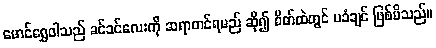
မောင်ရွှေဝါသည် ခင်ခင်လေးကို ဆရာတင်ရမည် ဆို၍ စိတ်ထဲတွင် မခံချင် ဖြစ်မိသည်။